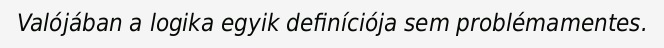
Valójában a logika egyik definíciója sem problémamentes.